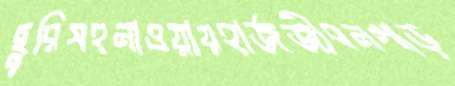
ছুরিসহনাওয়ায়হার্জজীবনগাড়